Report on sanitation, dispensaries, and jails in Rajputana for 1920, and on vaccination for the year 1920-1921 - 1920-1921
Year: 1920
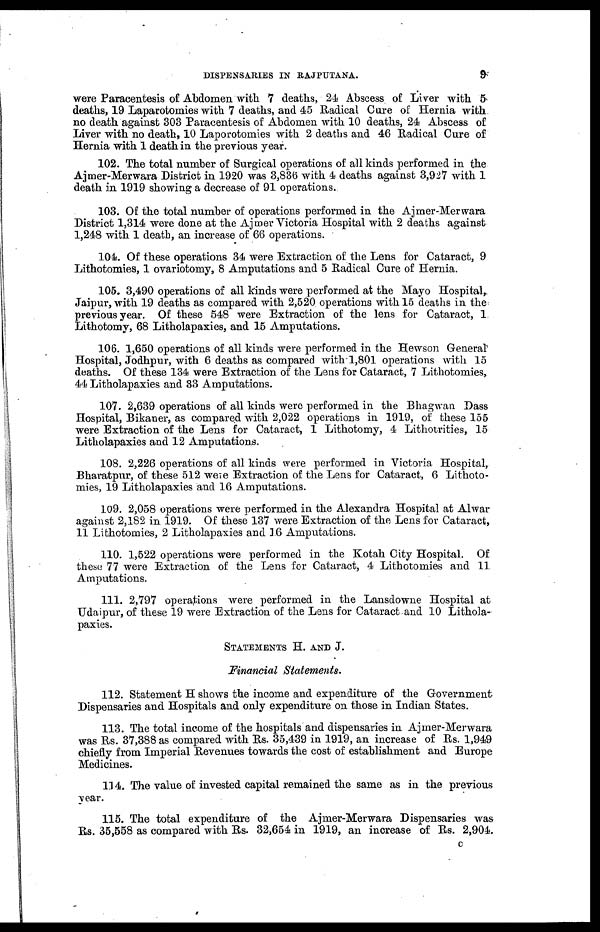
DISPENSARIES IN RAJPUTANA.
9
were Paracentesis of Abdomen with 7 deaths, 24 Abscess of Liver with 5
deaths, 19 Laparotomies with 7 deaths, and 45 Radical Cure of Hernia with
no death against 303 Paracentesis of Abdomen with 10 deaths, 24 Abscess of
Liver with no death, 10 Laporotomies with 2 deaths and 46 Radical Cure of
Hernia with 1 death in the previous year.
102. The total number of Surgical operations of all kinds performed in the
Ajmer-Merwara District in 1920 was 3,836 with 4 deaths against 3,927 with 1
death in 1919 showing a decrease of 91 operations.
103. Of the total number of operations performed in the Ajmer-Merwara
District 1,314 were done at the Ajmer Victoria Hospital with 2 deaths against
1,248 with 1 death, an increase of 66 operations.
104. Of these operations 34 were Extraction of the Lens for Cataract, 9
Lithotomies, 1 ovariotomy, 8 Amputations and 5 Radical Cure of Hernia.
105. 3,490 operations of all kinds were performed at the Mayo Hospital,
Jaipur, with 19 deaths as compared with 2,520 operations with 15 deaths in the
previous year. Of these 548 were Extraction of the lens for Cataract, 1
Lithotomy, 68 Litholapaxies, and 15 Amputations.
106. 1,650 operations of all kinds were performed in the Hewson General
Hospital, Jodhpur, with 6 deaths as compared with 1,801 operations with 15
deaths. Of these 134 were Extraction of the Lens for Cataract, 7 Lithotomies,
44 Litholapaxies and 33 Amputations.
107. 2,639 operations of all kinds were performed in the Bhagwan Dass
Hospital, Bikaner, as compared with 2,022 operations in 1919, of these 155
were Extraction of the Lens for Cataract, 1 Lithotomy, 4 Lithotrities, 15
Litholapaxies and 12 Amputations.
108. 2,226 operations of all kinds were performed in Victoria Hospital,
Bharatpur, of these 512 were Extraction of the Lens for Cataract, 6 Lithoto-
mies, 19 Litholapaxies and 16 Amputations.
109. 2,058 operations were performed in the Alexandra Hospital at Alwar
against 2,182 in 1919. Of these 137 were Extraction of the Lens for Cataract,
11 Lithotomies, 2 Litholapaxies and 16 Amputations.
110. 1,522 operations were performed in the Kotah City Hospital. Of
these 77 were Extraction of the Lens for Cataract, 4 Lithotomies and 11
Amputations.
111. 2,797 operations were performed in the Lansdowne Hospital at
Udaipur, of these 19 were Extraction of the Lens for Cataract and 10 Lithola-
paxies.
STATEMENTS H. AND J.
Financial Statements.
112. Statement H shows the income and expenditure of the Government
Dispensaries and Hospitals and only expenditure on those in Indian States.
113. The total income of the hospitals and dispensaries in Ajmer-Merwara
was Rs. 37,388 as compared with Rs. 35,439 in 1919, an increase of Rs. 1,949
chiefly from Imperial Revenues towards the cost of establishment and Europe
Medicines.
114. The value of invested capital remained the same as in the previous
year.
115. The total expenditure of the Ajmer-Merwara Dispensaries was
Rs. 35,558 as compared with Rs. 32,654 in 1919, an increase of Rs. 2,904.
C